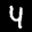
Label: 4